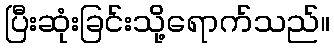
ပြီးဆုံးခြင်းသို့ရောက်သည်။